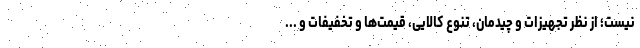
نیست؛ از نظر تجهیزات و چیدمان، تنوع کالایی، قیمت­ها و تخفیفات و ...